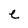
Character: e